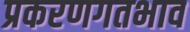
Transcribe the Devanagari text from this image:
प्रकरणगतभाव